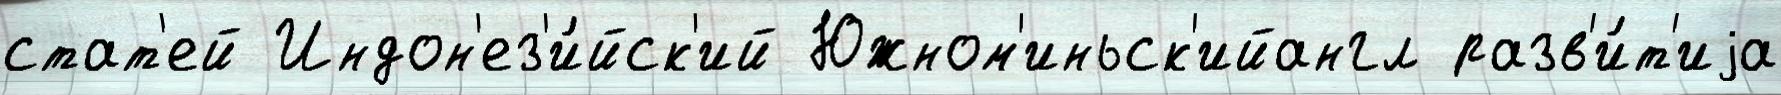
стат'ей Индон'ез'и́йск'ий Южном'иньск'ийангл разв'и́т'иjа